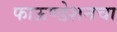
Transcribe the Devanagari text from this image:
फाऊण्डेशनचा